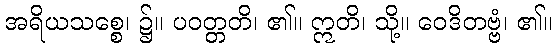
အရိယသစ္စေ၊ ၌။ ပဝတ္တတိ၊ ၏။ ဣတိ၊ သို့။ ဝေဒိတဗ္ဗံ၊ ၏။